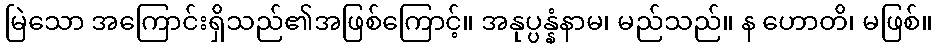
မြဲသော အကြောင်းရှိသည်၏အဖြစ်ကြောင့်။ အနုပ္ပန္နံနာမ၊ မည်သည်။ န ဟောတိ၊ မဖြစ်။